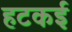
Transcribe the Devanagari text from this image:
हटकई